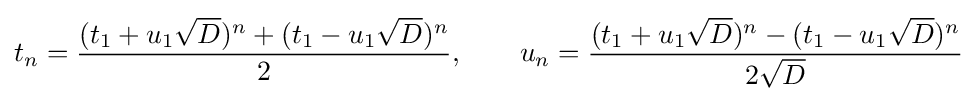
t_{n}={\frac {(t_{1}+u_{1}{\sqrt {D}})^{n}+(t_{1}-u_{1}{\sqrt {D}})^{n}}{2}},\qquad u_{n}={\frac {(t_{1}+u_{1}{\sqrt {D}})^{n}-(t_{1}-u_{1}{\sqrt {D}})^{n}}{2{\sqrt {D}}}}